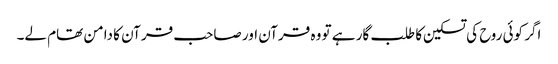
اگر کوئی روح کی تسکین کا طلب گار ہے تو وہ قرآن اور صاحب قرآن کا دامن تھام لے۔